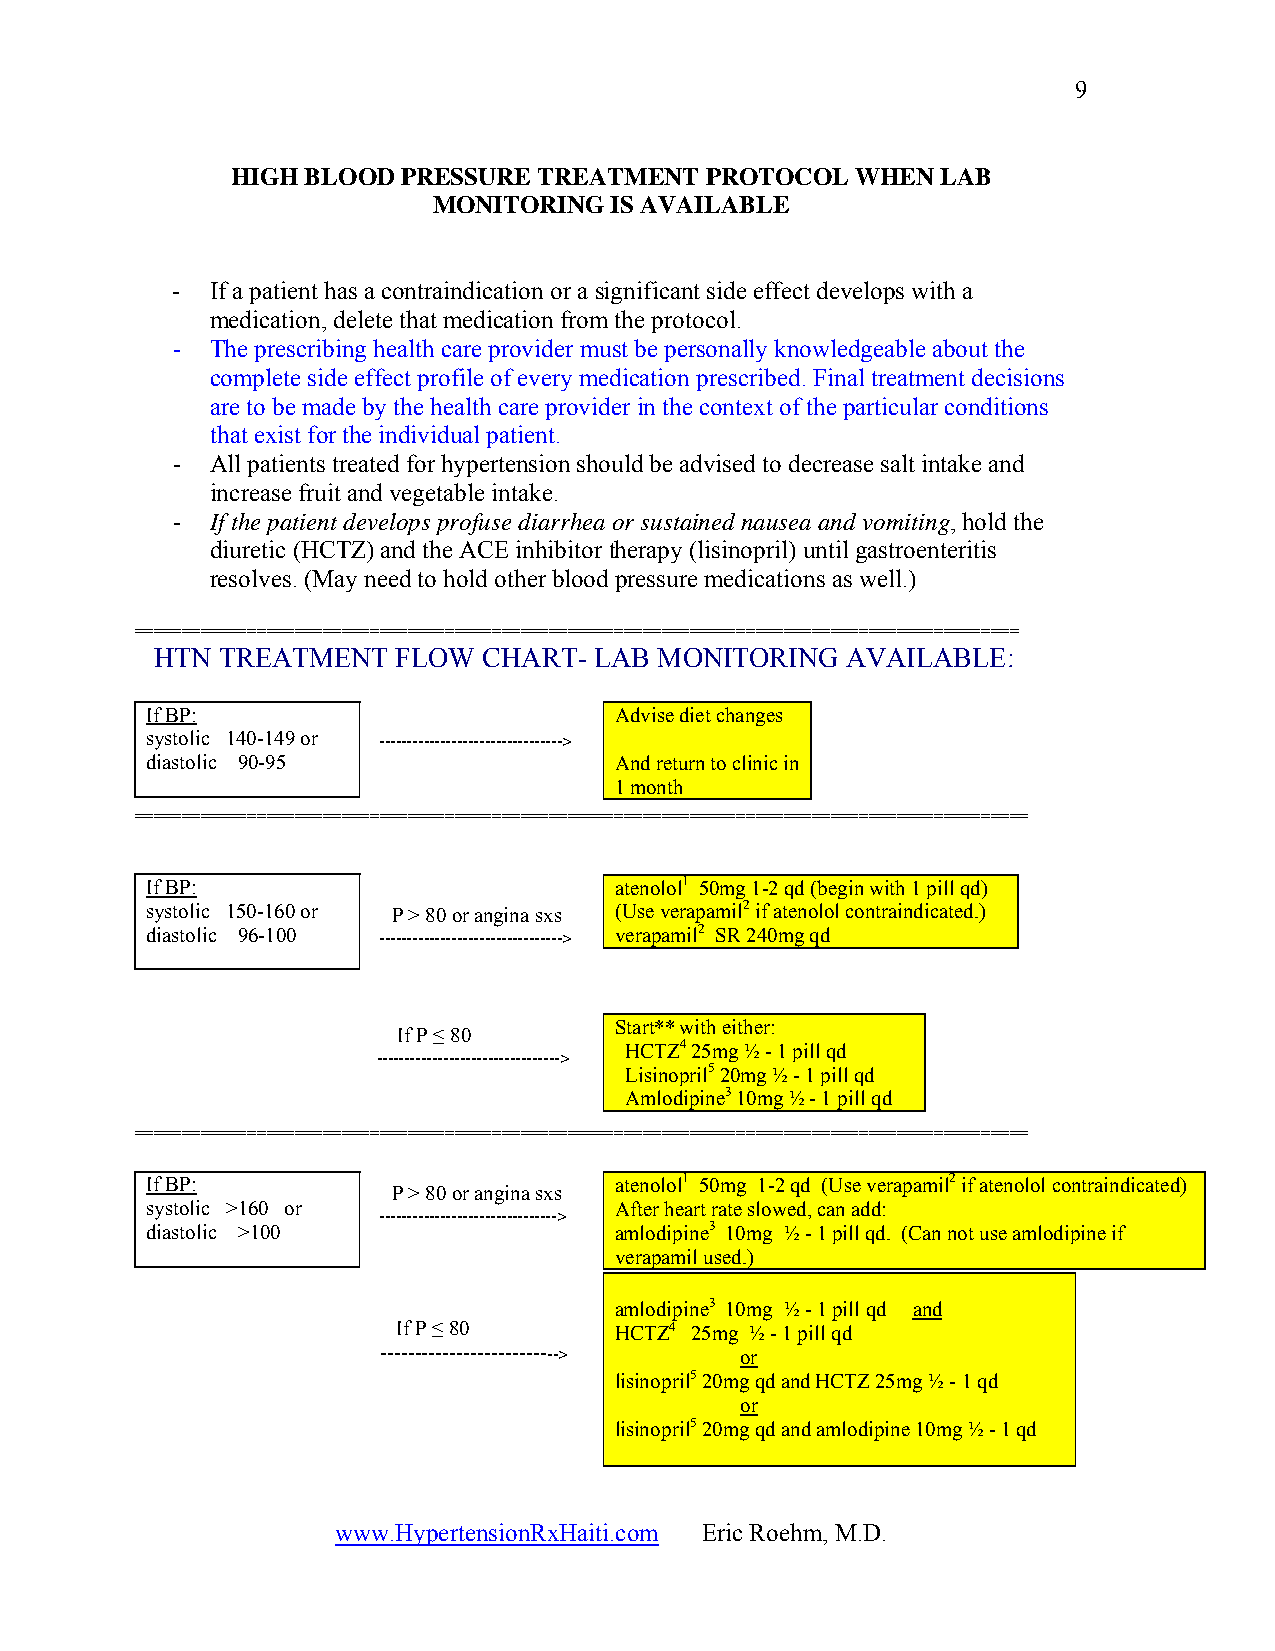
9
 HIGH BLOOD  PRESSURE TREATMENT  PROTOCOL  WHEN LAB
 MONITORING IS AVAILABLE
 -  If a patient has a contraindication or a significant side effect develops with a
 medication, delete that medication from the protocol.
 -  The prescribing health care provider must be personally knowledgeable about the
 complete side effect profile of every medication prescribed. Final treatment decisions
 are to be made by the health care provider in the context of the particular conditions
 that exist for the individual patient.
 -  All patients treated for hypertension should be advised to decrease salt intake and
 increase fruit and vegetable intake.
 -  If the patient develops profuse diarrhea or sustained nausea and vomiting, hold the
 diuretic (HCTZ) and the ACE inhibitor therapy (lisinopril) until gastroenteritis
 resolves. (May need to hold other blood pressure medications as well.)
 ==============================================================================================
 HTN TREATMENT   FLOW  CHART- LAB  MONITORING  AVAILABLE:
 If BP:                         Advise diet changes
 systolic 140-149 or --------------------------------->
 diastolic 90-95                And return to clinic in
 1 month
 ===============================================================================================
 If BP:                         atenolol1 50mg 1-2 qd (begin with 1 pill qd)
 systolic 150-160 or P > 80 or angina sxs (Use verapamil2 if atenolol contraindicated.)
 diastolic 96-100 ---------------------------------> verapamil2 SR 240mg qd
 Start** with either:
 If P ≤ 80
 HCTZ4 25mg ½ - 1 pill qd
 --------------------------------->
 Lisinopril5 20mg ½ - 1 pill qd
 Amlodipine3 10mg ½ - 1 pill qd
 ===============================================================================================
 If BP:                         atenolol1 50mg 1-2 qd (Use verapamil2 if atenolol contraindicated)
 P > 80 or angina sxs
 systolic >160 or               After heart rate slowed, can add:
 -------------------------------->
 diastolic >100                 amlodipine3 10mg ½ - 1 pill qd. (Can not use amlodipine if
 verapamil used.)
 amlodipine3 10mg ½ - 1 pill qd and
 If P ≤ 80      HCTZ4 25mg ½ - 1 pill qd
 --------------------------> or
 lisinopril5 20mg qd and HCTZ 25mg ½ - 1 qd
 or
 lisinopril5 20mg qd and amlodipine 10mg ½ - 1 qd
 www.HypertensionRxHaiti.com Eric Roehm, M.D.